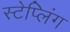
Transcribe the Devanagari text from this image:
स्टेप्लिंग